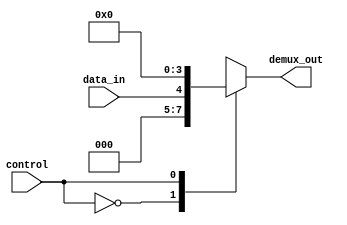
module demux #(parameter NUM_OUTPUTS = 4)(
    input wire data_in,
    input wire control,
    output wire [NUM_OUTPUTS-1:0] demux_out
);

    reg [NUM_OUTPUTS-1:0] demux_out;

    always @ (data_in or control)
    begin
        case (control)
            2'b00: demux_out = data_in;
            2'b01: demux_out = data_in >> 1;
            2'b10: demux_out = data_in >> 2;
            2'b11: demux_out = data_in >> 3;
            default: demux_out = 4'h0;
        endcase
    end

endmodule